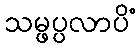
သမ္ဖပ္ပလာပိံ